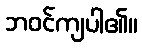
ဘဝင်ကျပါ၏။